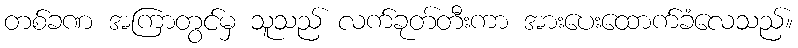
တစ်ခဏ အကြာတွင်မှ သူသည် လက်ခုတ်တီးကာ အားပေးထောက်ခံလေသည်။